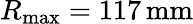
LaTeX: R_{\mathrm{max}}=117\, \mathrm{mm}